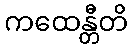
ကထေန္တီတိ